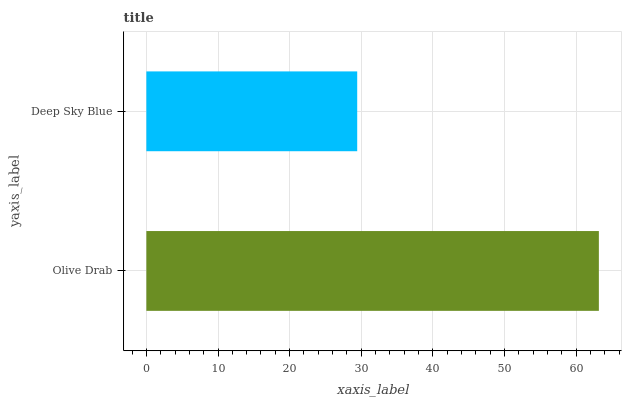
| yaxis_label | bars |
 | --- | --- |
 | Olive Drab | 63.2 |
 | Deep Sky Blue | 29.4 |